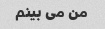
من می بینم